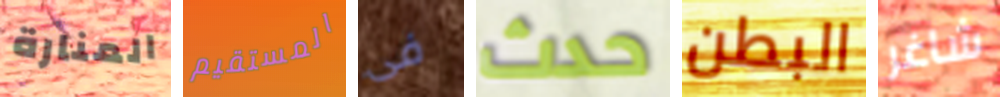
المنارة المستقيم فى حدث البطن شاغر